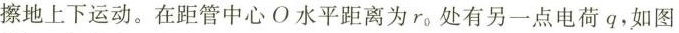
擦地上下运动。在距管中心O水平距离为 r_{ 0 } 处有另一点电荷q，如图